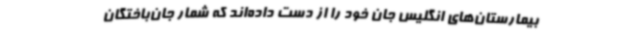
بیمارستان‌های انگلیس جان خود را از دست داده‌اند که شمار جان‌باختگان